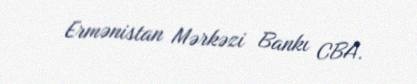
Ermənistan Mərkəzi Bankı CBA.